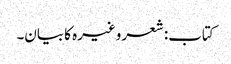
کتاب: شعر وغیرہ کا بیان۔